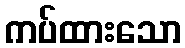
ကပ်ထားသော